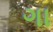
ગા